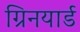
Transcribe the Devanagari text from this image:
ग्रिनयार्ड